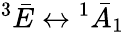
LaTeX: ^{3}\bar{E}\leftrightarrow{^{1}\bar{A}_{1}}